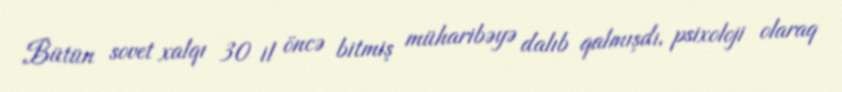
Bütün sovet xalqı 30 il öncə bitmiş müharibəyə dalıb qalmışdı, psixoloji olaraq